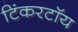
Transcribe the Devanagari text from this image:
टिंकरटॉय